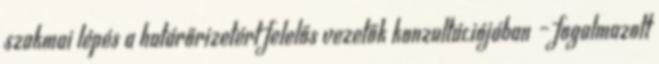
szakmai lépés a határőrizetért felelős vezetők konzultációjában – fogalmazott